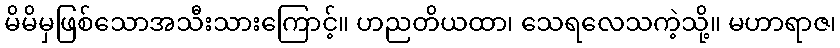
မိမိမှဖြစ်သောအသီးသားကြောင့်။ ဟညတိယထာ၊ သေရလေသကဲ့သို့။ မဟာရာဇ၊